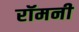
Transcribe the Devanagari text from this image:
रॉमनी